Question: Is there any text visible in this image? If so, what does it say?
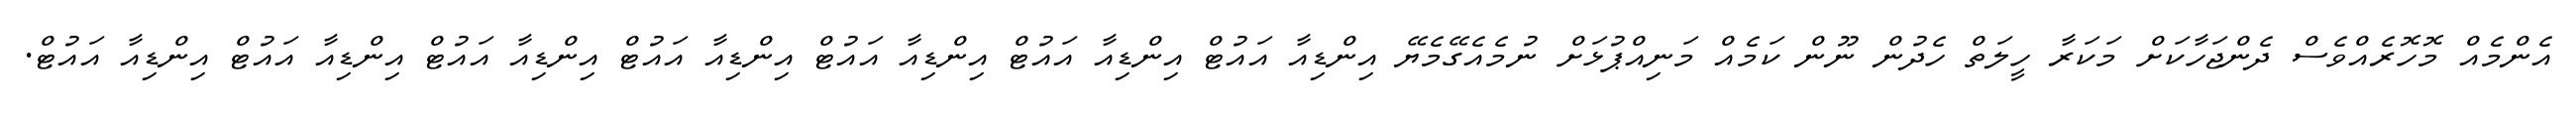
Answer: އެންމެއް މޮހޮރެއްވެސް ދެންޖަހާކަށް މަކަރާ ހީލަތް ހެދުން ނޫން ކަމެއް މަނިއްޕުޅަށް ނުމެއެގޭމެޔޭ އިންޑިއާ އައުޓް އިންޑިއާ އައުޓް އިންޑިއާ އައުޓް އިންޑިއާ އައުޓް އިންޑިއާ އައުޓް އިންޑިއާ އައުޓް އިންޑިއާ އައުޓް.